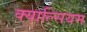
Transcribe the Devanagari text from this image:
क्याल्सियम